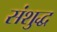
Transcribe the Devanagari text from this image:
संशुद्ध